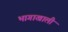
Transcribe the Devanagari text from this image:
भागाखाली